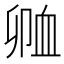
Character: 𲀗